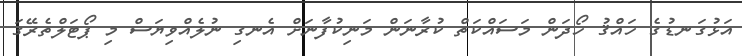
އަޅުގަނޑުގެ ހައްޤު ހޯދަން މަސައްކަތް ކުރާނަން މަނިކުފާނަށް އެނގި ނުލެއްވިޔަސް މި ޕޯޓަލްތެރޭގަ